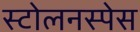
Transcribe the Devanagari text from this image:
स्टोलनस्पेस